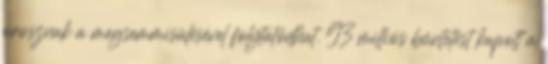
orosznak a megsemmisülésével folytatódhat. 93 milliós büntetést kapott a